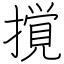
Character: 撹